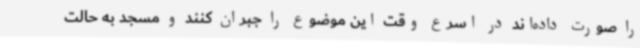
را صورت داده‌اند در اسرع وقت این موضوع را جبران کنند و مسجد به حالت